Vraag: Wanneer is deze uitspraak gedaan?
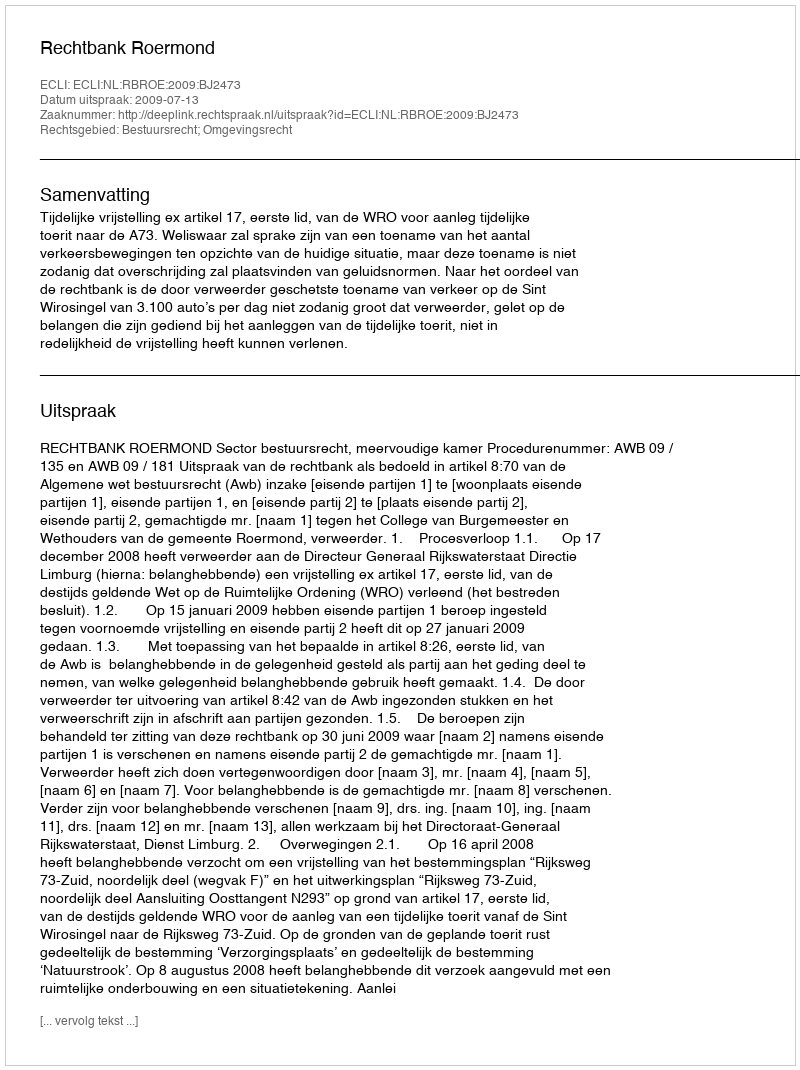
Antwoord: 2009-07-13